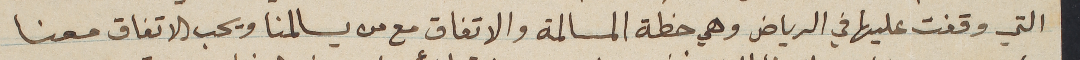
التي وقفت عليها في الرياض وهي خطة المسالمة والاتفاق مع من يسالمنا ويحب الاتفاق معنا